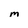
Character: M